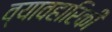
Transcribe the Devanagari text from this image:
व्यावहारिकी